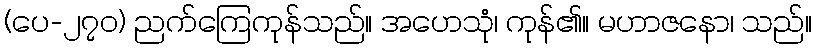
(ပေ-၂၇၀) ညက်ကြေကုန်သည်။ အဟေသုံ၊ ကုန်၏။ မဟာဇနော၊ သည်။